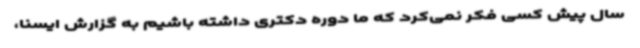
سال پیش کسی فکر نمی‌کرد که ما دوره دکتری داشته باشیم به گزارش ایسنا،